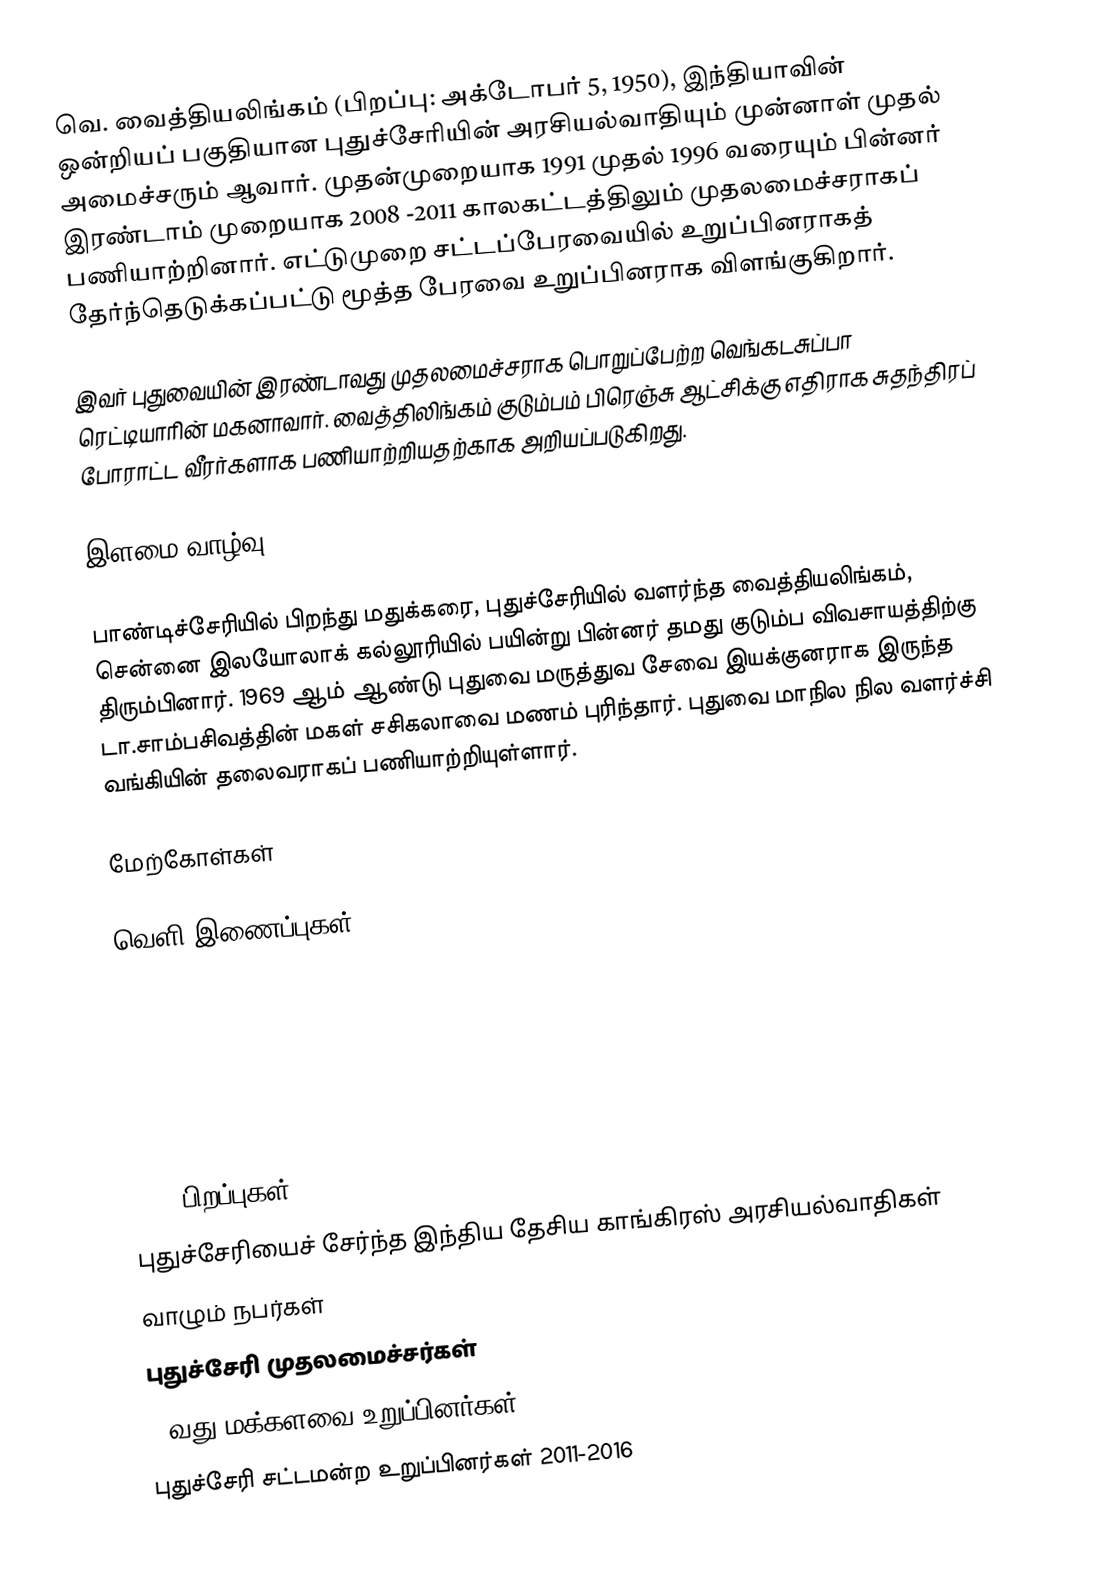
வெ. வைத்தியலிங்கம்  (பிறப்பு: அக்டோபர் 5, 1950), இந்தியாவின் ஒன்றியப் பகுதியான  புதுச்சேரியின் அரசியல்வாதியும் முன்னாள் முதல் அமைச்சரும் ஆவார். முதன்முறையாக 1991 முதல் 1996 வரையும் பின்னர் இரண்டாம் முறையாக 2008 -2011 காலகட்டத்திலும் முதலமைச்சராகப் பணியாற்றினார். எட்டுமுறை சட்டப்பேரவையில் உறுப்பினராகத் தேர்ந்தெடுக்கப்பட்டு மூத்த பேரவை உறுப்பினராக விளங்குகிறார்.

இவர் புதுவையின் இரண்டாவது முதலமைச்சராக பொறுப்பேற்ற வெங்கடசுப்பா ரெட்டியாரின் மகனாவார். வைத்திலிங்கம் குடும்பம் பிரெஞ்சு ஆட்சிக்கு எதிராக சுதந்திரப் போராட்ட வீரர்களாக பணியாற்றியதற்காக அறியப்படுகிறது.

இளமை வாழ்வு

பாண்டிச்சேரியில் பிறந்து மதுக்கரை, புதுச்சேரியில் வளர்ந்த வைத்தியலிங்கம், சென்னை இலயோலாக் கல்லூரியில் பயின்று பின்னர் தமது குடும்ப விவசாயத்திற்கு திரும்பினார். 1969 ஆம் ஆண்டு புதுவை மருத்துவ சேவை இயக்குனராக இருந்த டா.சாம்பசிவத்தின் மகள் சசிகலாவை மணம் புரிந்தார். புதுவை மாநில நில வளர்ச்சி வங்கியின் தலைவராகப் பணியாற்றியுள்ளார்.

மேற்கோள்கள்

வெளி இணைப்புகள்

1950 பிறப்புகள்
புதுச்சேரியைச் சேர்ந்த இந்திய தேசிய காங்கிரஸ் அரசியல்வாதிகள்
வாழும் நபர்கள்
புதுச்சேரி முதலமைச்சர்கள்
17வது மக்களவை உறுப்பினர்கள்
புதுச்சேரி சட்டமன்ற உறுப்பினர்கள் 2011-2016